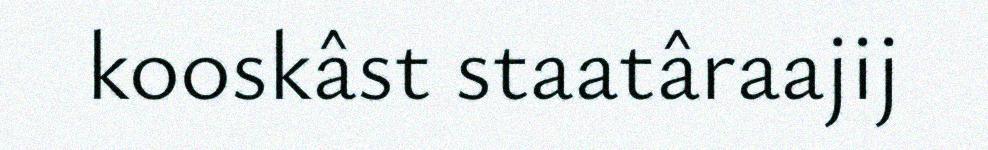
kooskâst staatâraajij